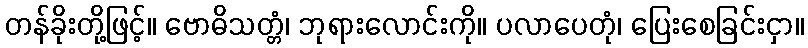
တန်ခိုးတို့ဖြင့်။ ဗောဓိသတ္တံ၊ ဘုရားလောင်းကို။ ပလာပေတုံ၊ ပြေးစေခြင်းငှာ။